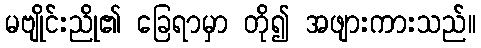
မဗျိုင်းညို၏ ခြေရာမှာ တို၍ အဖျားကားသည်။